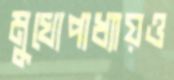
মুখোপাধ্যায়ও